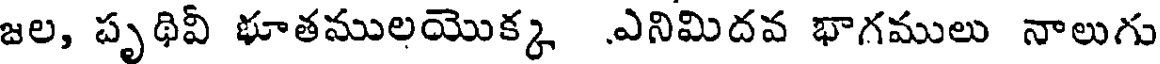
జల, పృథివీ భూతములయొక్క ఎనిమిదవ భాగములు నాలుగు